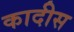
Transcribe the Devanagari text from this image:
कादीस